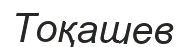
Тоқашев